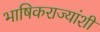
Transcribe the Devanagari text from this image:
भाषिकराज्यांशी